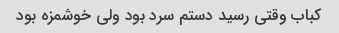
کباب وقتی رسید دستم سرد بود ولی خوشمزه بود